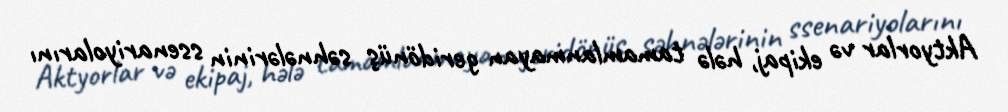
Aktyorlar və ekipaj, hələ tamamlanmayan geridönüş səhnələrinin ssenariyolarını